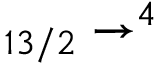
_ { 1 3 / 2 } \to ^ { 4 }